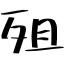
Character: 殂